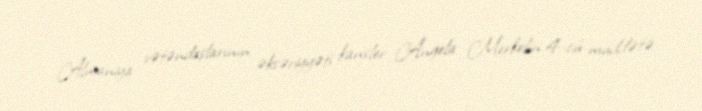
Almaniya vətəndaşlarının əksəriyyəti kansler Angela Merkelin 4-cü müddətə